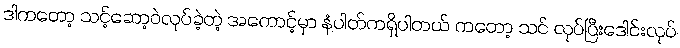
ဒါကတော့ သင့်ဆော့ဝဲလုပ်ခဲ့တဲ့ အကောင့်မှာ နံပါတ်ကရှိပါတယ် ကတော့ သင် လုပ်ပြီးဒေါင်းလုပ်